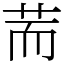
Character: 荋